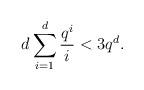
LaTeX: \begin{align*}d\sum_{i=1}^d \frac{q^i}{i} < 3q^d.\end{align*}